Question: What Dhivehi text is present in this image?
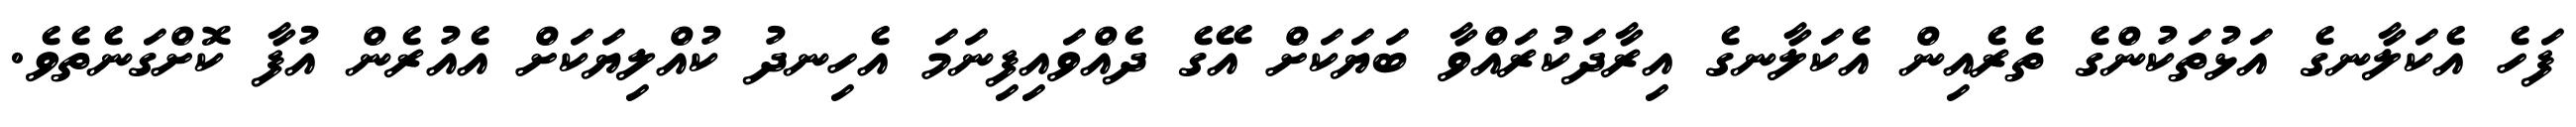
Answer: ފަހެ އެކަލާނގެ އަޅުތަކުންގެ ތެރެއިން އެކަލާނގެ އިރާދަކުރައްވާ ބަޔަކަށް އޭގެ ދެއްވައިފިނަމަ އެހިނދު ކުއްލިޔަކަށް އެއުރެން އުފާ ކޮށްގަނެތެވެ.